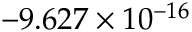
- 9 . 6 2 7 \times 1 0 ^ { - 1 6 }